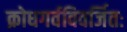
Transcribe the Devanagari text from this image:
क्रोधगर्वविवर्जितः